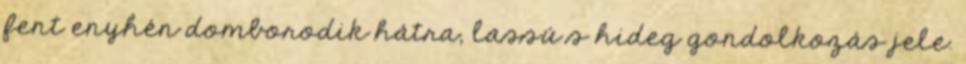
fent enyhén domborodik hátra, lassú s hideg gondolkozás jele.